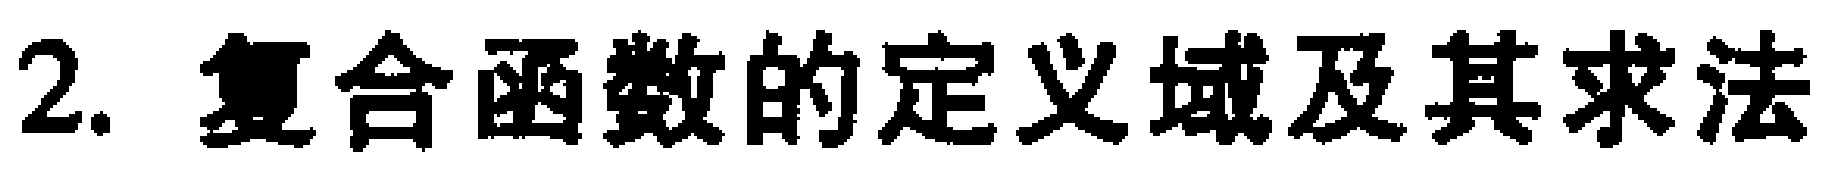
2. 复合函数的定义域及其求法